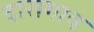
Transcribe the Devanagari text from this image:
दासगाव